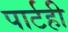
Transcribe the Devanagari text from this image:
पार्टही